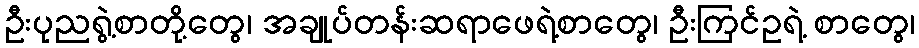
ဦးပုညရွဲ့စာတို့တွေ၊ အချုပ်တန်းဆရာဖေရဲ့စာတွေ၊ ဦးကြင်ဥရဲ့ စာတွေ၊